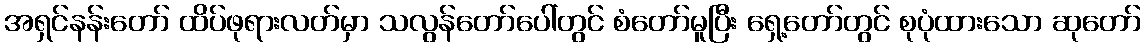
အရှင်နန်းတော် ထိပ်ဖုရားလတ်မှာ သလွန်တော်ပေါ်တွင် စံတော်မူပြီး ရှေ့တော်တွင် စုပုံထားသော ဆုတော်